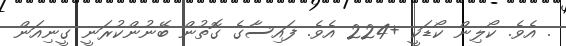
. އެވެ. ކޯލިން ކޯޑަކީ +224 އެވެ. ފައިސާގެ ގޮތުން ބޭނުންކުރަނީ ގީނިއަން